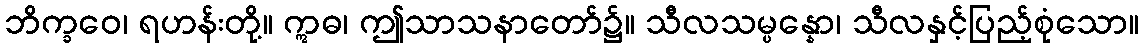
ဘိက္ခဝေ၊ ရဟန်းတို့။ ဣဓ၊ ဤသာသနာတော်၌။ သီလသမ္ပန္နော၊ သီလနှင့်ပြည့်စုံသော။